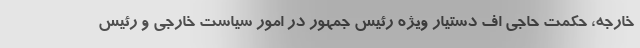
خارجه، حکمت حاجی اف دستیار ویژه رئیس جمهور در امور سیاست خارجی و رئیس